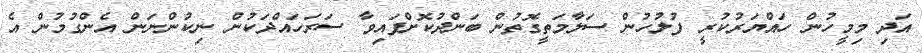
އަދި މިމީހުން ހައްޔަރުކުރީ ފުލުހުން ސަލާމަތީގޮތުން ބަންދުކޮށްފައިވާ ސަރަހައްދަކުން ނިކުންނަން އެންގުމުން އެ